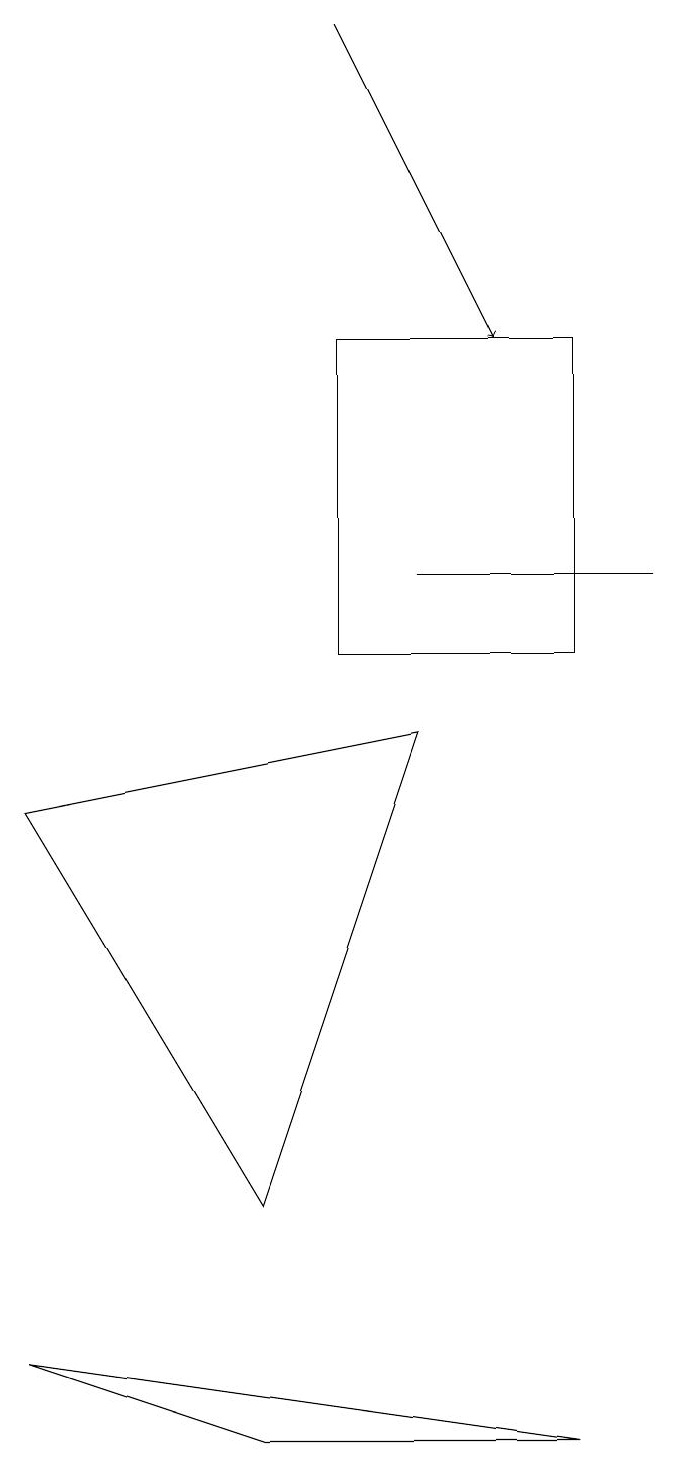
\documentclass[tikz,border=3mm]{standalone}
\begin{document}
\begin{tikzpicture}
\draw (5,10) rectangle (8,14);
\draw[->] (5,18) -- (7,14);
\draw (9,11) rectangle (6,11);
\draw (6,9) -- (1,8) -- (4,3) -- cycle;
\draw (4,0) -- (1,1) -- (8,0) -- cycle;
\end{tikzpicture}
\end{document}